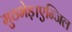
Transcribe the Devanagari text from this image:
मुठभेड़।एन्जिल